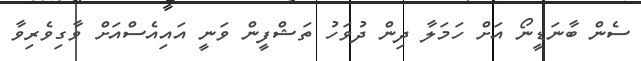
ސެން ބާނަޑީނޯ އަށް ހަމަލާ ދިން ދުވަހު ތަޝްފީން ވަނީ އައިއެސްއަށް ވާގިވެރިވާ